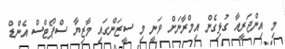
މި އިންޖަރީއާ ގުޅިގެން އިމްރާނަށް ވަނީ މި ސީޒަންގައި މާޒިޔާ ސްޕޯޓްސް އެންޑް